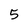
Character: 5